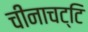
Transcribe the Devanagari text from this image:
चीनाचट्टि